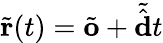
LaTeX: \tilde{\mathbf{r}}(t)=\tilde{\mathbf{o}}+\tilde{\hat{\mathbf{d}}}t